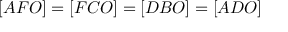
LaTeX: [ A F O ] = [ F C O ] = [ D B O ] = [ A D O ]